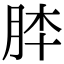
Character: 𦚬